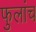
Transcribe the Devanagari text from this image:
फुलांच